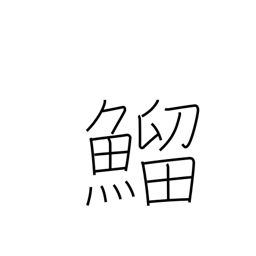
Meaning: type of fish